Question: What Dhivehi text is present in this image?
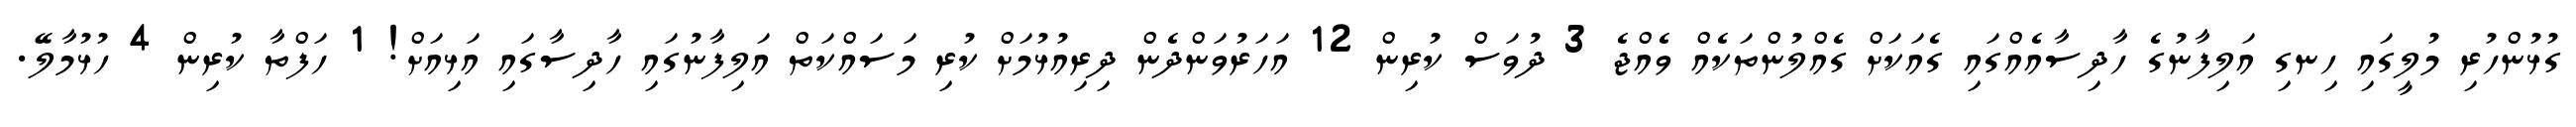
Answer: ގުޅުންހުރި މުލީގައި ހިނގި އަލިފާނުގެ ހާދިސާއެއްގައި ގެއަކަށް ގެއްލުންތަކެއް ވެއްޖެ 3 ދުވަސް ކުރިން 12 އަހަރުވަންދެން ދިރިއުޅުމަށް ކުރި މަސައްކަތް އަލިފާނުގައި ހާދިސާގައި އަޅިއަށް! 1 ހަފްތާ ކުރިން 4 ހުޅުމާލޭ.